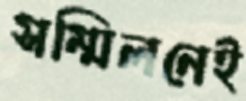
সম্মিলনেই